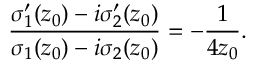
\frac { { \sigma } _ { 1 } ^ { \prime } ( z _ { 0 } ) - i { \sigma } _ { 2 } ^ { \prime } ( z _ { 0 } ) } { { \sigma } _ { 1 } ( z _ { 0 } ) - i { \sigma } _ { 2 } ( z _ { 0 } ) } = - \frac { 1 } { 4 z _ { 0 } } .